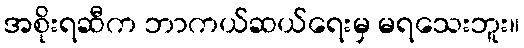
အစိုးရဆီက ဘာကယ်ဆယ်ရေးမှ မရသေးဘူး။